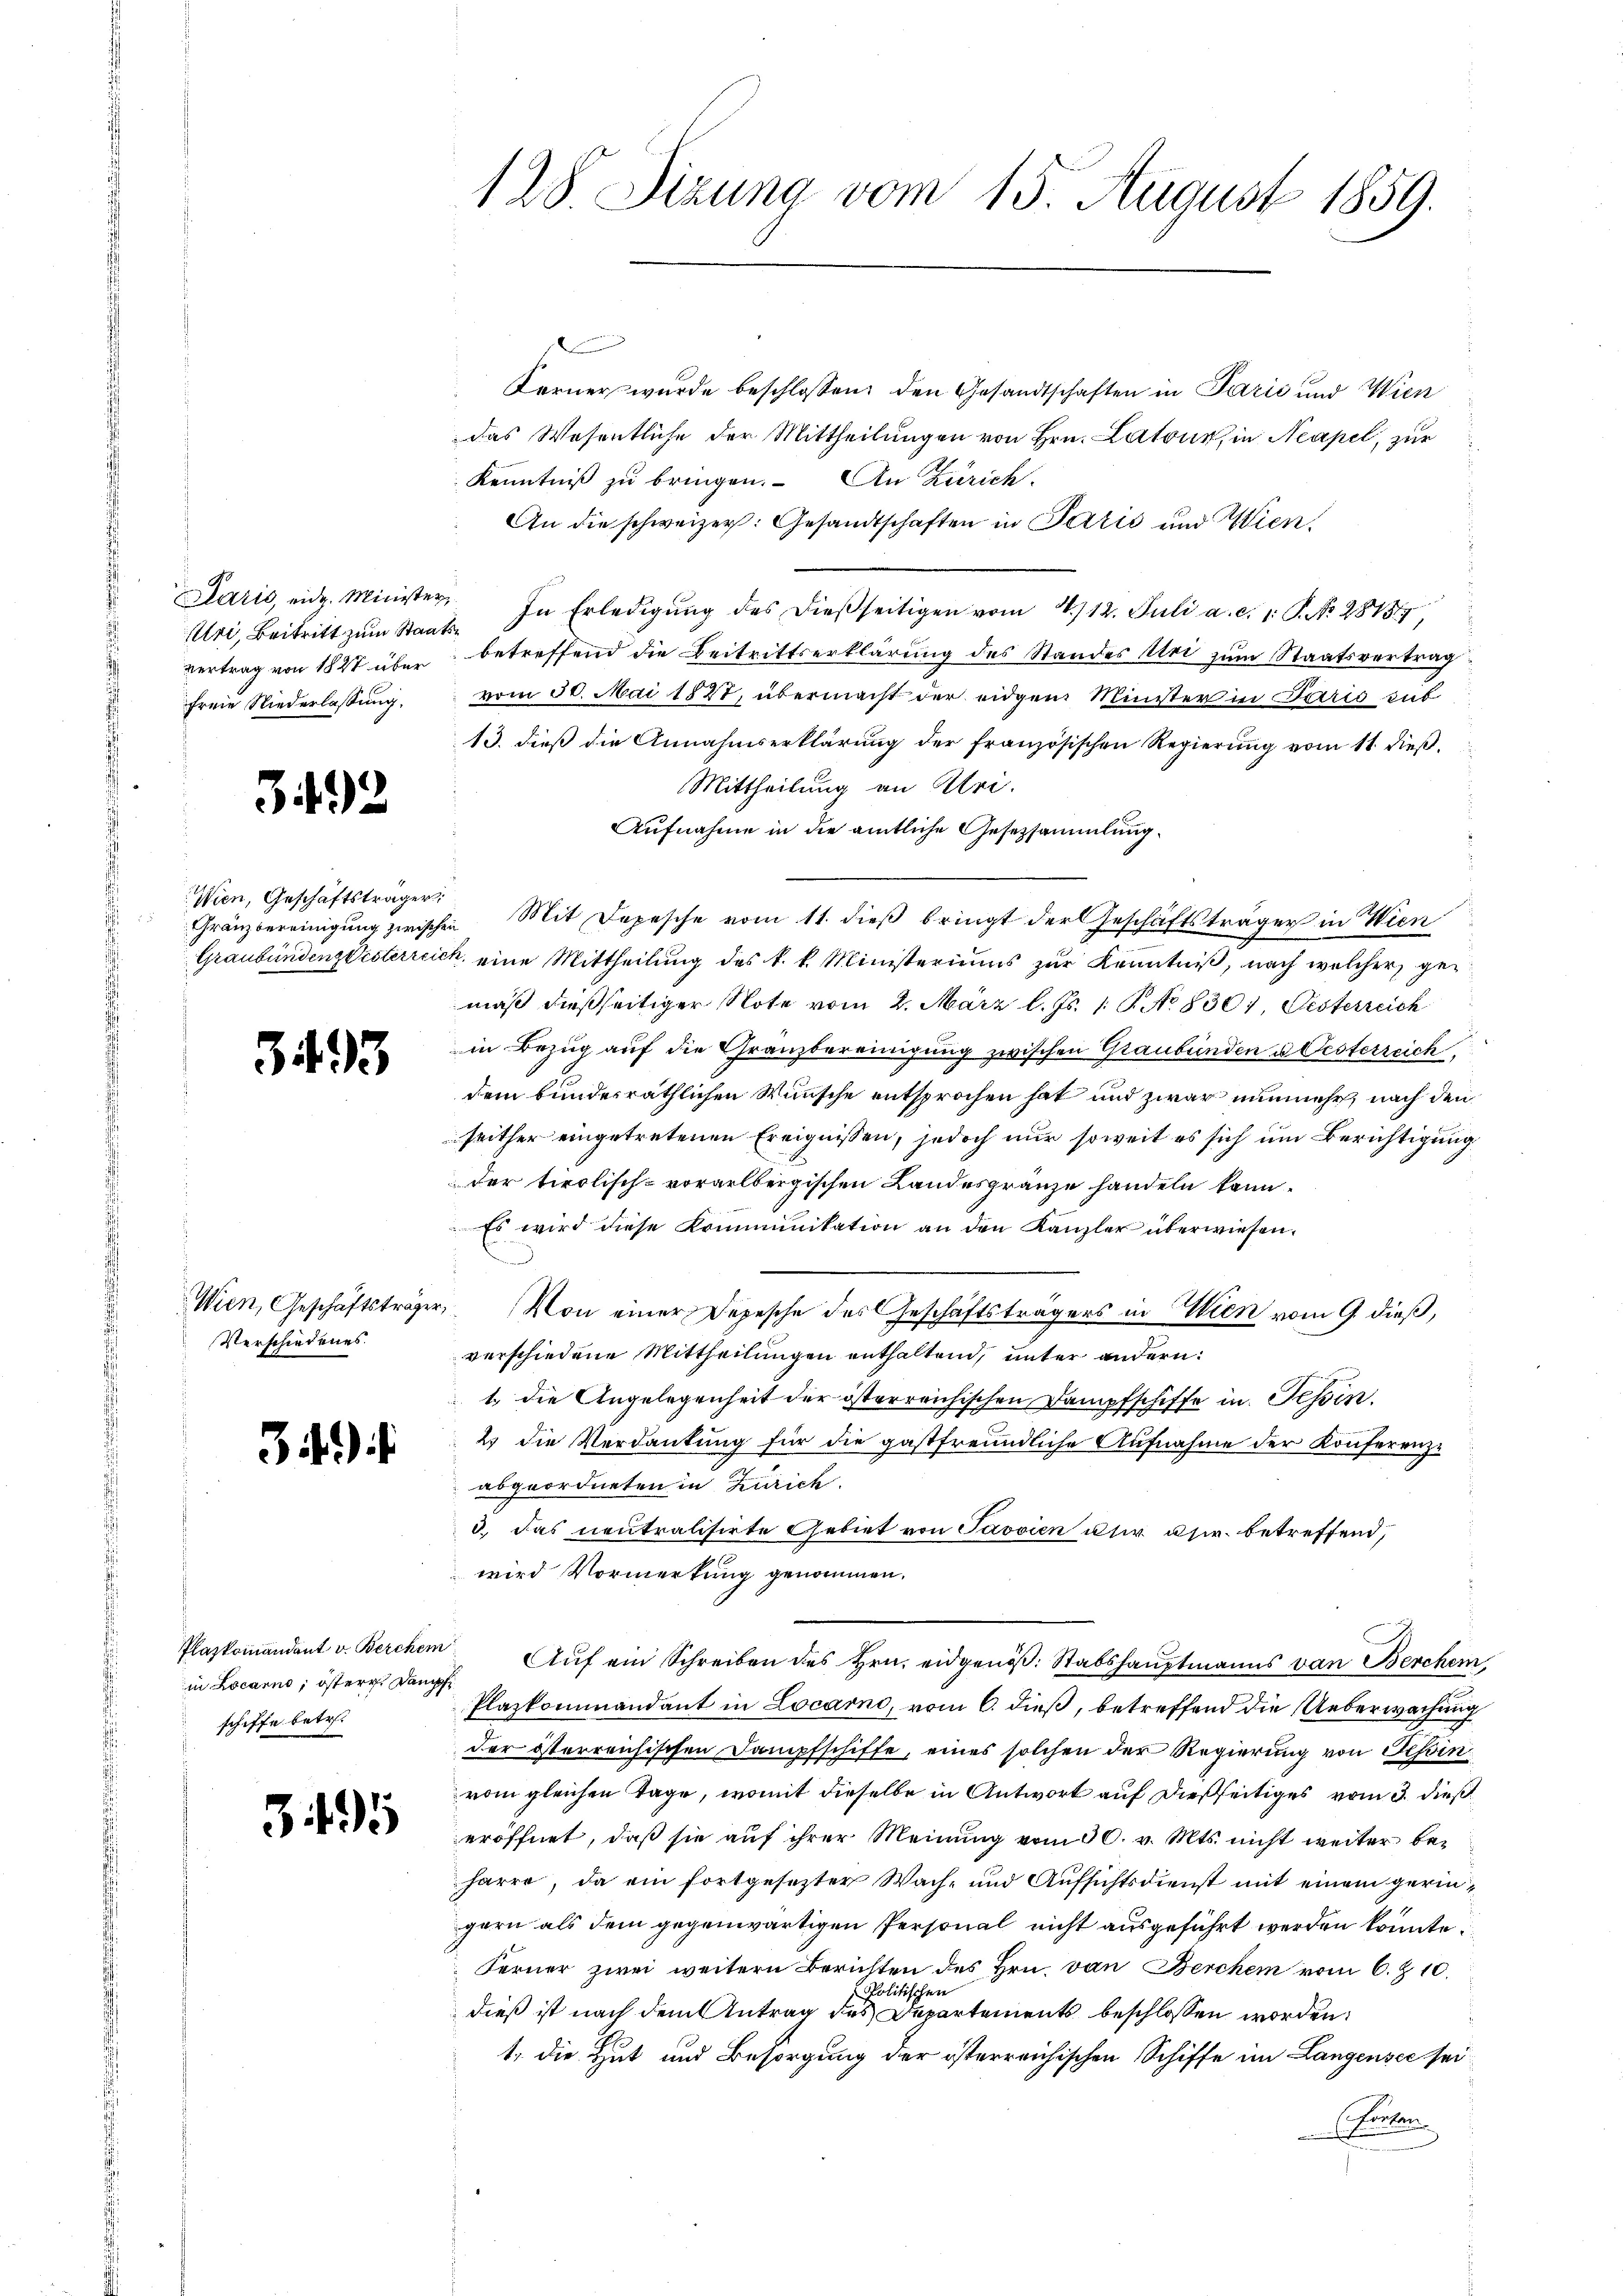
Uri, Beitritt zum Staatsvertrag von 1827 über
freie Niederlassung,

342

.

Wien, Geschäftsträger

393

Verschiedenes.

34).

in Locarno; östere Dampf
schiffe betr.

345

128. Sizung vom 15. August 1859.

Ferner wurde beschlossen, den Gesandtschaften in Parić und Wien
das Wesentliche der Mittheilungen von Hrn. Latour, in Neapel, zur
Kenntniß zu bringen. An Zürich.
An die schweizer: Gesandtschaften in Perić und Wien,
Paris, eidg. Minister, In Erledigŭng des dieβseitigen vom 4. 12. Juli a. c. 1. P. Nr. 28757,
betreffend die Beitrittserklärung des Standes Uri zum Staatsvertrag
vom 30. Mai 1827, übermacht der eidgen Minister in Paris sub
13. dieß die Annahmserklärŭng der französischen Regierŭng vom 11. dieβ,
Mittheilung an Uri.
Aufnahme in die amtliche Gesetzsammlung.
Gränzbereinigung zwischen Mit Depesche vom 11. dieß bringt der Geschäftsträger in Wien
Graubündenzlisterreich, eine Mittheilung des k. k. Ministeriums zur Kenntniß, nach welcher gemäß dießseitiger Note vom 2. März l. Js. 1 S. No 8307, Pesterreich
in Bezug auf die Granzbereinigung zwischen Graubünden u. Oesterreich
dem bundesräthlichen Wünsche entsprochen hat und zwar nunmehr, nach den
seither eingetretenen Ereignissen, jedoch nur soweit es sich um Berichtigung
der tirolisch-vorgelbergischen Landesgränze handeln kann.
Es wird diese Krimmunikation an den Kanzler überwiesen.
m
Wien, Geschäftsträger von einer Depesche des Geschäftsträgers in Wien vom 9 dieß,
verschiedene Mittheilungen enthaltend, unter andern:
1., die Angelegenheit der österreichischen Dampfschiffe in Tessin.
2 die Verdankung für die gastfreundliche Aufnahme der Konferenzabgeordneten in Zürich.
3.) Das neutralisirte Gebiet von Jassien usw. asir. betreffend,
wird Vormerkung genommen.
Plazkomandant v. Berchen Aŭf ein Schreiben des Hrn. eidgenöβ: Stabshauptmanns von Bercher
Plaskommandant in Locarno, vom 6. dieß, betreffend die Ueberwachung
der österreichischen Dampfschiffe, eines solchen der Regierung von Tessin
vom gleichen Tage, womit dieselbe in Antwort auf dießseitiges vom 3. dieß
eröffnet, daß sie auf ihrer Meinung vom 30. v. Mts. nicht weiter beharre, da ein fortgesezter Wach- und Aufsichtsdienst mit einem geringern als dem gegenwärtigen Personal nicht ausgeführt werden könnte.
Ferner zwei weitern Berichten des Hrn. von Berchen vom 6. Z. 10.
Politischen
dieß ist nach dem Antrag des Departements beschlossen worden:
1., die Hut und Besorgung der österreichischen Schiffe im Langensee sei
trafen.
.